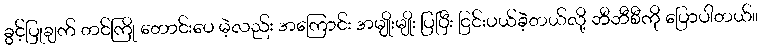
ခွင့်ပြုချက် တင်ကြို တောင်းပေ မဲ့လည်း အကြောင်း အမျိုးမျိုး ပြပြီး ငြင်းပယ်ခဲ့တယ်လို့ ဘီဘီစီကို ပြောပါတယ်။